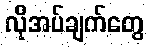
လိုအပ်ချက်တွေ